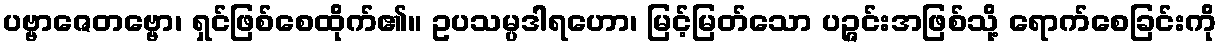
ပဗ္ဗာဇေတဗ္ဗော၊ ရှင်ဖြစ်စေထိုက်၏။ ဥပသမ္ပဒါရဟော၊ မြင့်မြတ်သော ပဉ္ဇင်းအဖြစ်သို့ ရောက်စေခြင်းကို